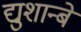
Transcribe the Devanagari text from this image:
द्युशान्बे